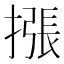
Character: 𢳫